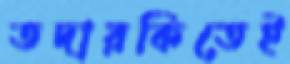
তদারকিতেই